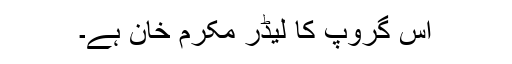
اس گروپ کا لیڈر مکرم خان ہے۔